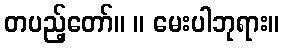
တပည့်တော်။ ။ မေးပါဘုရား။